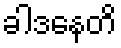
ခါဒနေတိ